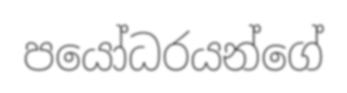
පයෝධරයන්ගේ